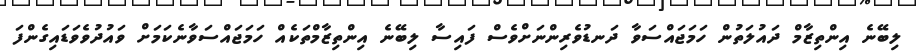
ލިބޭނެ އިންތިޒާމް ދައުލަތުން ހަމަޖައްސަވާ ދަނޑުވެރިންނަށްވެސް ފައިސާ ލިބޭނެ އިންތިޒާމްތަކެއް ހަމަޖައްސަވާނެކަމަށް ވައުދުވެވަޑައިގެންފަ